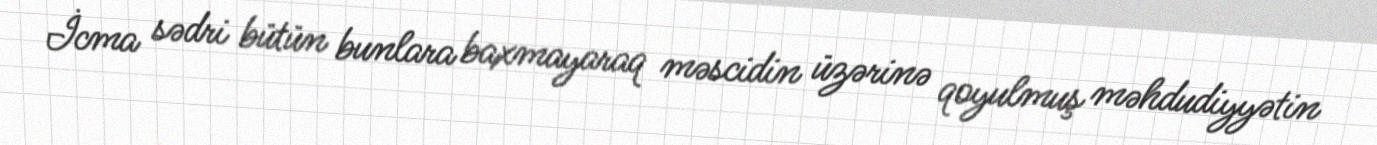
İcma sədri bütün bunlara baxmayaraq məscidin üzərinə qoyulmuş məhdudiyyətin